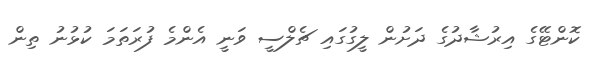
ކޮންޓޭގެ އިރުޝާދުގެ ދަށުން ލީގުގައި ޗެލްސީ ވަނީ އެންމެ ފުރަތަމަ ކުޅުނު ތިން